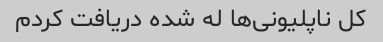
کل ناپلیونی‌ها له شده دریافت کردم